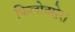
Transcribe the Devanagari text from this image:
फिलोक्सेरा